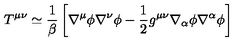
T ^ { \mu \nu } \simeq \frac { 1 } { \beta } \left[ \nabla ^ { \mu } \phi \nabla ^ { \nu } \phi - \frac { 1 } { 2 } g ^ { \mu \nu } \nabla _ { \alpha } \phi \nabla ^ { \alpha } \phi \right]